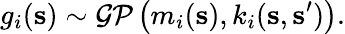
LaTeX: g_{i}(\mathbf{s})\sim\mathcal{GP}\left(m_{i}(\mathbf{s}),k_{i}(\mathbf{s},\mathbf{s}^{\prime})\right){.}